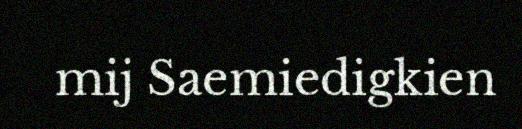
mij Saemiedigkien